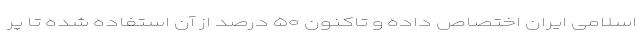
اسلامی ایران اختصاص داده و تاکنون ۵۰ درصد از آن استفاده شده تا پر